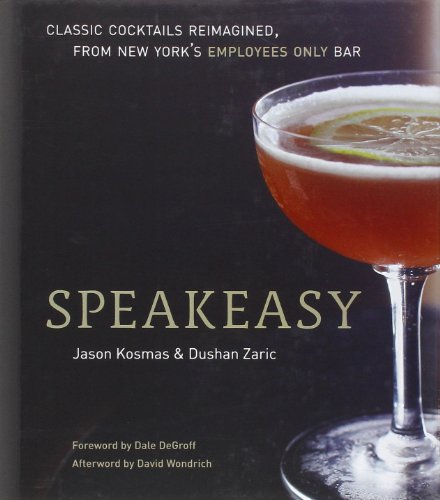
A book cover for Speakeasy: The Employees Only Guide to Classic Cocktails Reimagined; Jason Kosmas; Cookbooks, Food & Wine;